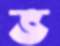
ভ